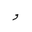
Letter: _waw